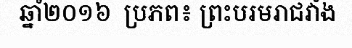
ឆ្នាំ២០១៦  ប្រភព៖ ព្រះបរមរាជវាំង